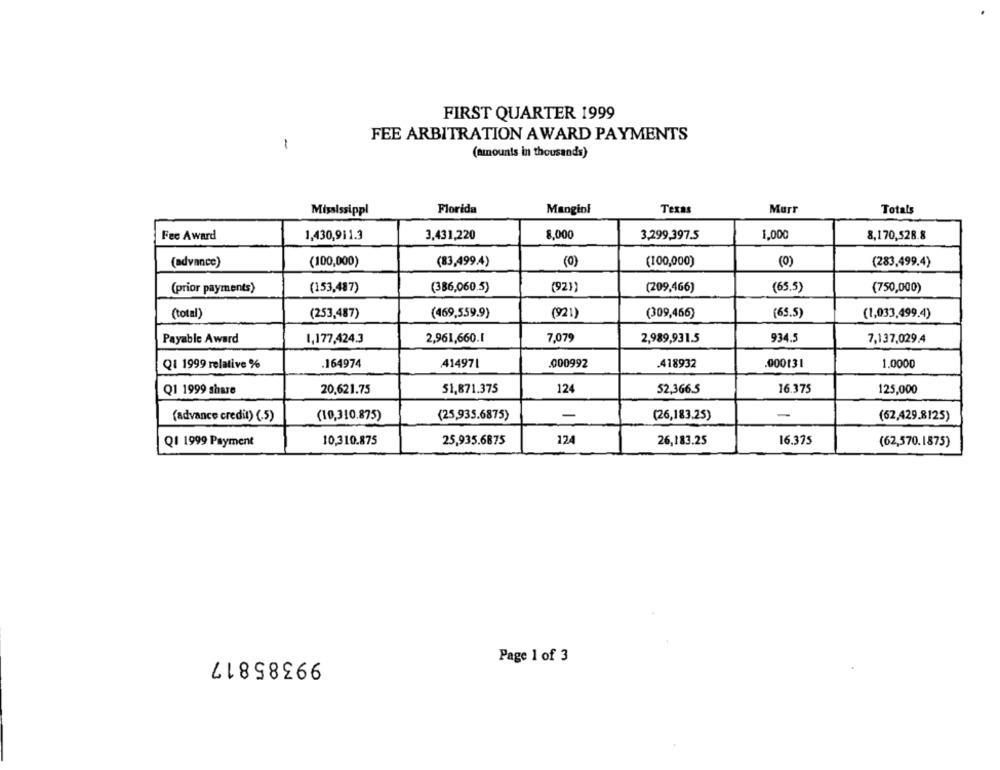
FIRST QUARTER 1999
FEE ARBITRATION AWARD PAYMENTS
1
(amounts in thousands)
Texas
Murr
Mississippi
Florida
Mangiof
Totals
Fec Award
1,430,911.3
3,431,220
8,000
3,299,397.5
1,000
8,170,528.8
(advance)
(100,000)
(83,499.4)
(0)
(100,000)
(0)
(283,499.4)
(prior payments)
(153,487)
(386,060.5)
(92))
(209,466)
(65.5)
(750,000)
(total)
(253,487)
(469,559.9)
(921)
(309,466)
(65.5)
(1,033,499.4)
Payable Award
1,177,424.3
2,961,660.1
7,079
2,989,931.5
934.5
7,137,029.4
Q1 1999 relative %
164974
414971
000992
418932
.000131
1.0000
Q1 1999 share
20,621.75
51,871.375
124
52,366.5
16.375
125,000
(advance credit) (.5)
(10,310.875)
(25,935.6875)
-
(26,183.25)
(62,429.8125)
Q1 1999 Payment
10,310.875
25,935.6875
124
26,183.25
16.375
(62,570.1875)
99385817
Page 1 of 3